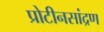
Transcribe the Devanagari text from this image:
प्रोटीनसांद्रण